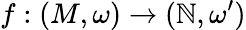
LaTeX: f:(M,\omega)\rightarrow(\mathbb{N},\omega^{\prime})